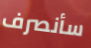
سأنصرف